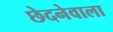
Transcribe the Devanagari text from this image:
छेदनेवाला